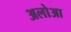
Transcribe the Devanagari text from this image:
अलोआ